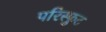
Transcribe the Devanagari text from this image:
परिस्फुट